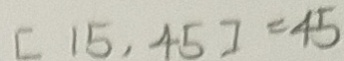
[ 1 5 , 4 5 ] = 4 5